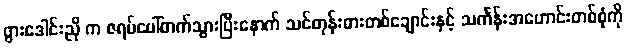
ဖွားဒေါင်းညို က ဇရပ်ပေါ်တက်သွားပြီးနောက် သင်တုန်းဓားတစ်ချောင်းနှင့် သင်္ကန်းအဟောင်းတစ်စုံကို